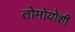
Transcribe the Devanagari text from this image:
तोमोयोशी